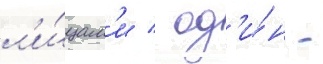
л'и́цам'и / од'и́н -